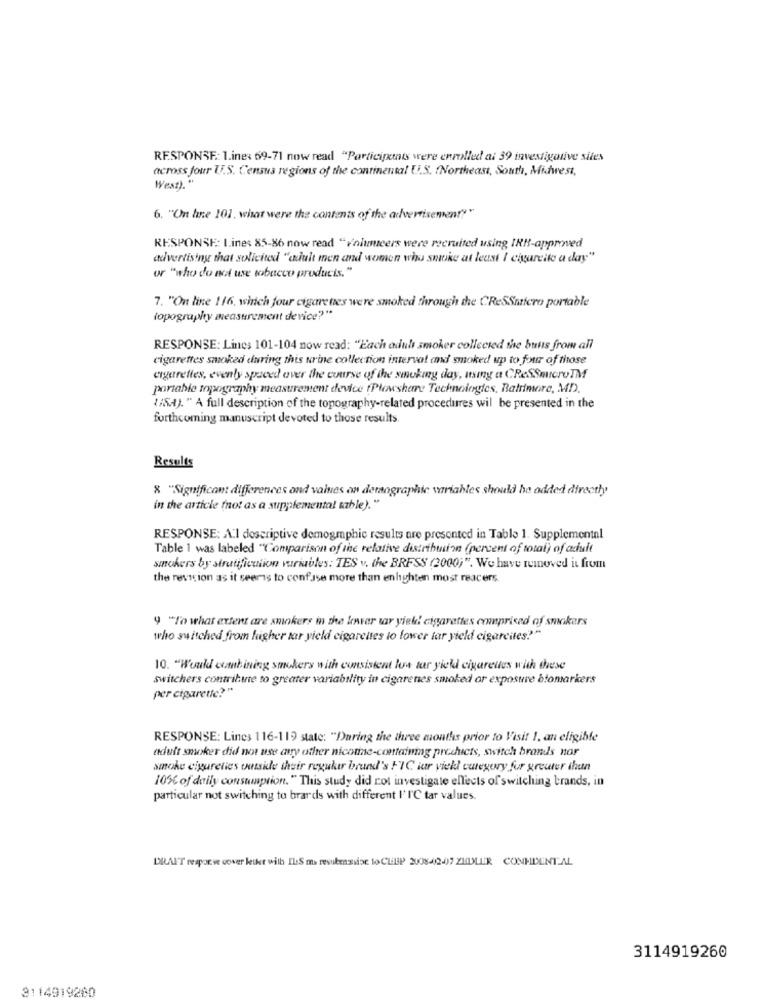
RESPONSE: 1.ine: 69-71 now read "Participants were enmilled ai 39 investigative sites
across Jour U.S. Census regions of the continental U.S. (Northeast, South, Midwest,
West). "
6. "Un hne 101. what were the contents of the advertisement""
RESPONSE: Line: 85-86 now read "Folicers were recruited using IRR-approved
advertising that solicited "adult men and women who snike at least / ciyurcite a day"
or "who do not use tobacco products. "
7. "On line 116, which four cigarettes we're smoked through the CRESSmicro portable
topography measurement device?"
RESPONSE: Lines 101-104 now read: "Each adult smoker collected the bulls from all
cigarettes smoked during this urine collection interval and smoked up to four of those
cigarettes, evenly spaced over the course of the smoking day, using a CReSSmicroTM
portable topography measurement device (Plowshare Technologies, Baltimore, MD).
{/SH). " A full description of the topography-related procedures wil be presented in the
forthcoming manuscript devoted to those results.
Results
8 "Significant differences ond values on demographic variables should be added directly"
in the article (not as a supplemental table)."
RESPONSE: Al descriptive demogmphic results are presented in Table 1. Supplemental
Table 1 was labeled "Comparison of the relative distribution (percent of total) of adult
smokers by stratification variables: TES v. the BRFSS (2000)". We have removed it from
the revicion as it seems to confuse more than enhghten most reacers
9 "To what extent are smokers in the lower tar yiek! cigarettes comprised of smokers
who switched from higher tar yield cigarettes to lower tar yield cigareites?"
10. "Would combining smokers with consistent lus tar yield cigarettes with these
switchers contribuinte to greater variability in cigarenes smoked ar exposure blomarkers
per cigarette?"
RESPONSE: Lines 116-119 state: "Daring the three months prior to Visit 1, an eligible
adult smoker did not use cary other nicoune-containing products, switch brands nor
smoke cigurelies outside thuir reguker brund's FIC iar viekl category fur greuter thun
10€ of daily consumption. " This study did rot investigate effects of switching brands, in
particular not switching to brards with different I' I'℃ tar values.
DRAIT responwe cover ketkr with ILS ma resubessise to CLIP 2008-42-07 ZHDLER CONHDENTAL
3114919260
3114919200